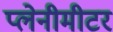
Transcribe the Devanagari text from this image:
प्लेनीमीटर